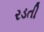
રડતી